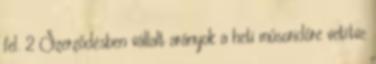
fel. 2 Szerződésben vállalt arányok a heti műsoridőre vetítve